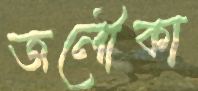
জলৌকা